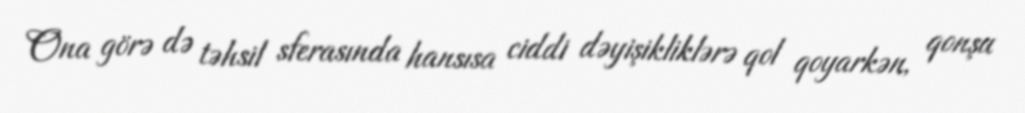
Ona görə də təhsil sferasında hansısa ciddi dəyişikliklərə qol qoyarkən, qonşu